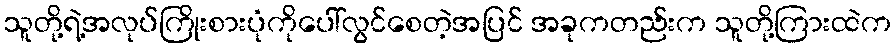
သူတို့ရဲ့အလုပ်ကြိုးစားပုံကိုပေါ်လွင်စေတဲ့အပြင် အခုကတည်းက သူတို့ကြားထဲက